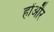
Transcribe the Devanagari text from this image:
होंऔर